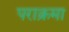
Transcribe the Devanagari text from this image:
पराक्रमा